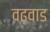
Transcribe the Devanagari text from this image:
वढ़वाड